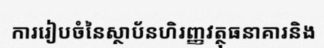
ការរៀបចំនៃស្ថាប័នហិរញ្ញវត្ថុធនាគារនិង